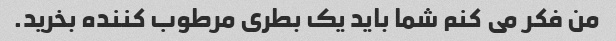
من فکر می کنم شما باید یک بطری مرطوب کننده بخرید.